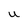
Character: U